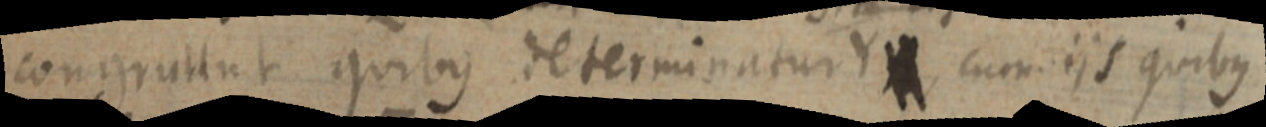
congruant quibus determinatur Y cum iis quibus